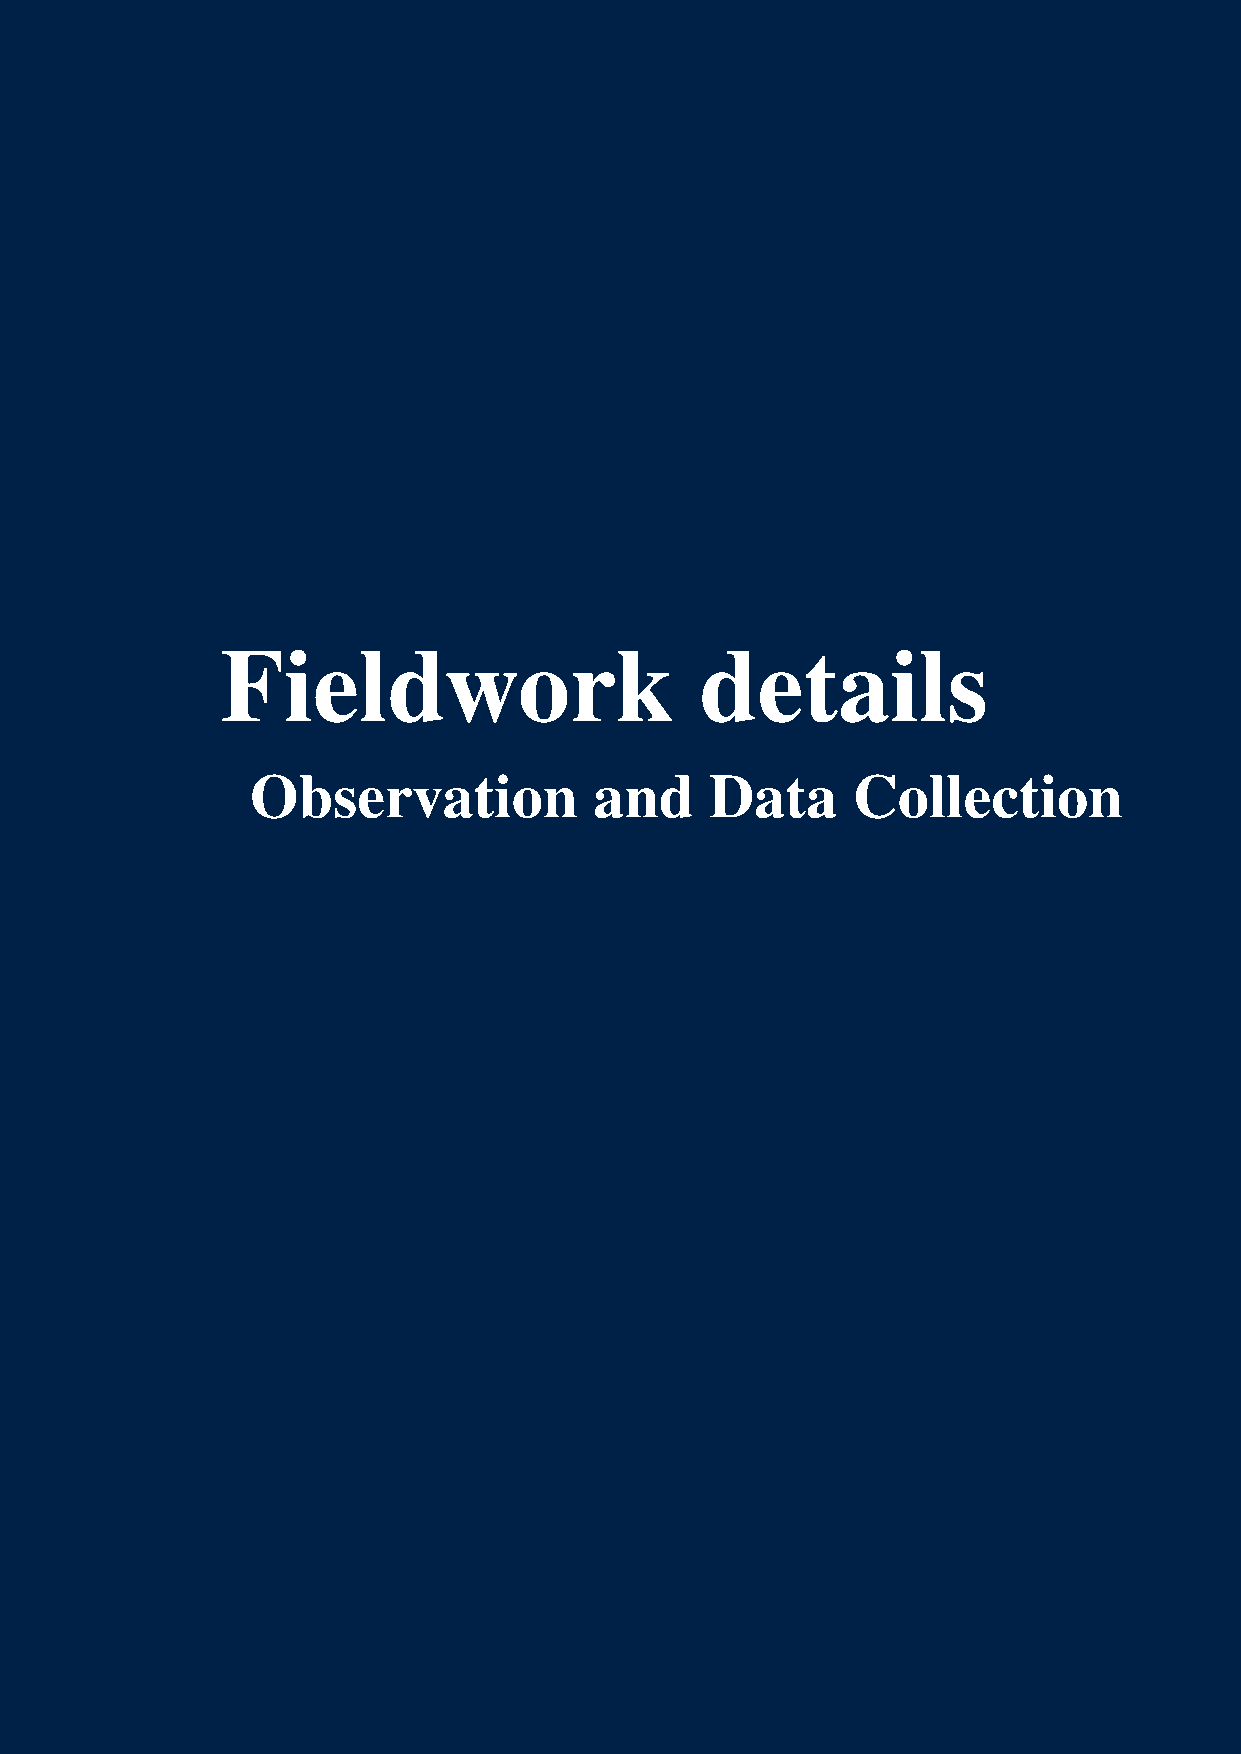
Fieldwork                      details
 Observation           and     Data     Collection